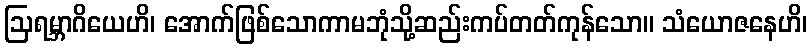
ဩရမ္ဘာဂိယေဟိ၊ အောက်ဖြစ်သောကာမဘုံသို့ဆည်းကပ်တတ်ကုန်သော။ သံယောဇနေဟိ၊